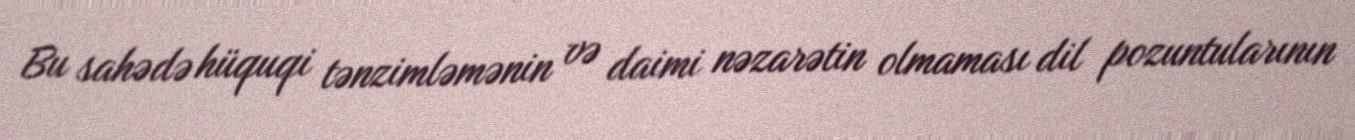
Bu sahədə hüquqi tənzimləmənin və daimi nəzarətin olmaması dil pozuntularının